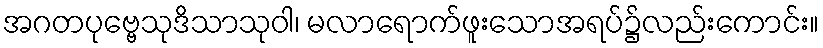
အဂတပုဗ္ဗေသုဒိသာသုဝါ၊ မလာရောက်ဖူးသောအရပ်၌လည်းကောင်း။